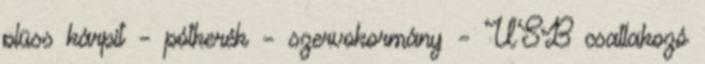
plüss kárpit – pótkerék – szervokormány – USB csatlakozó